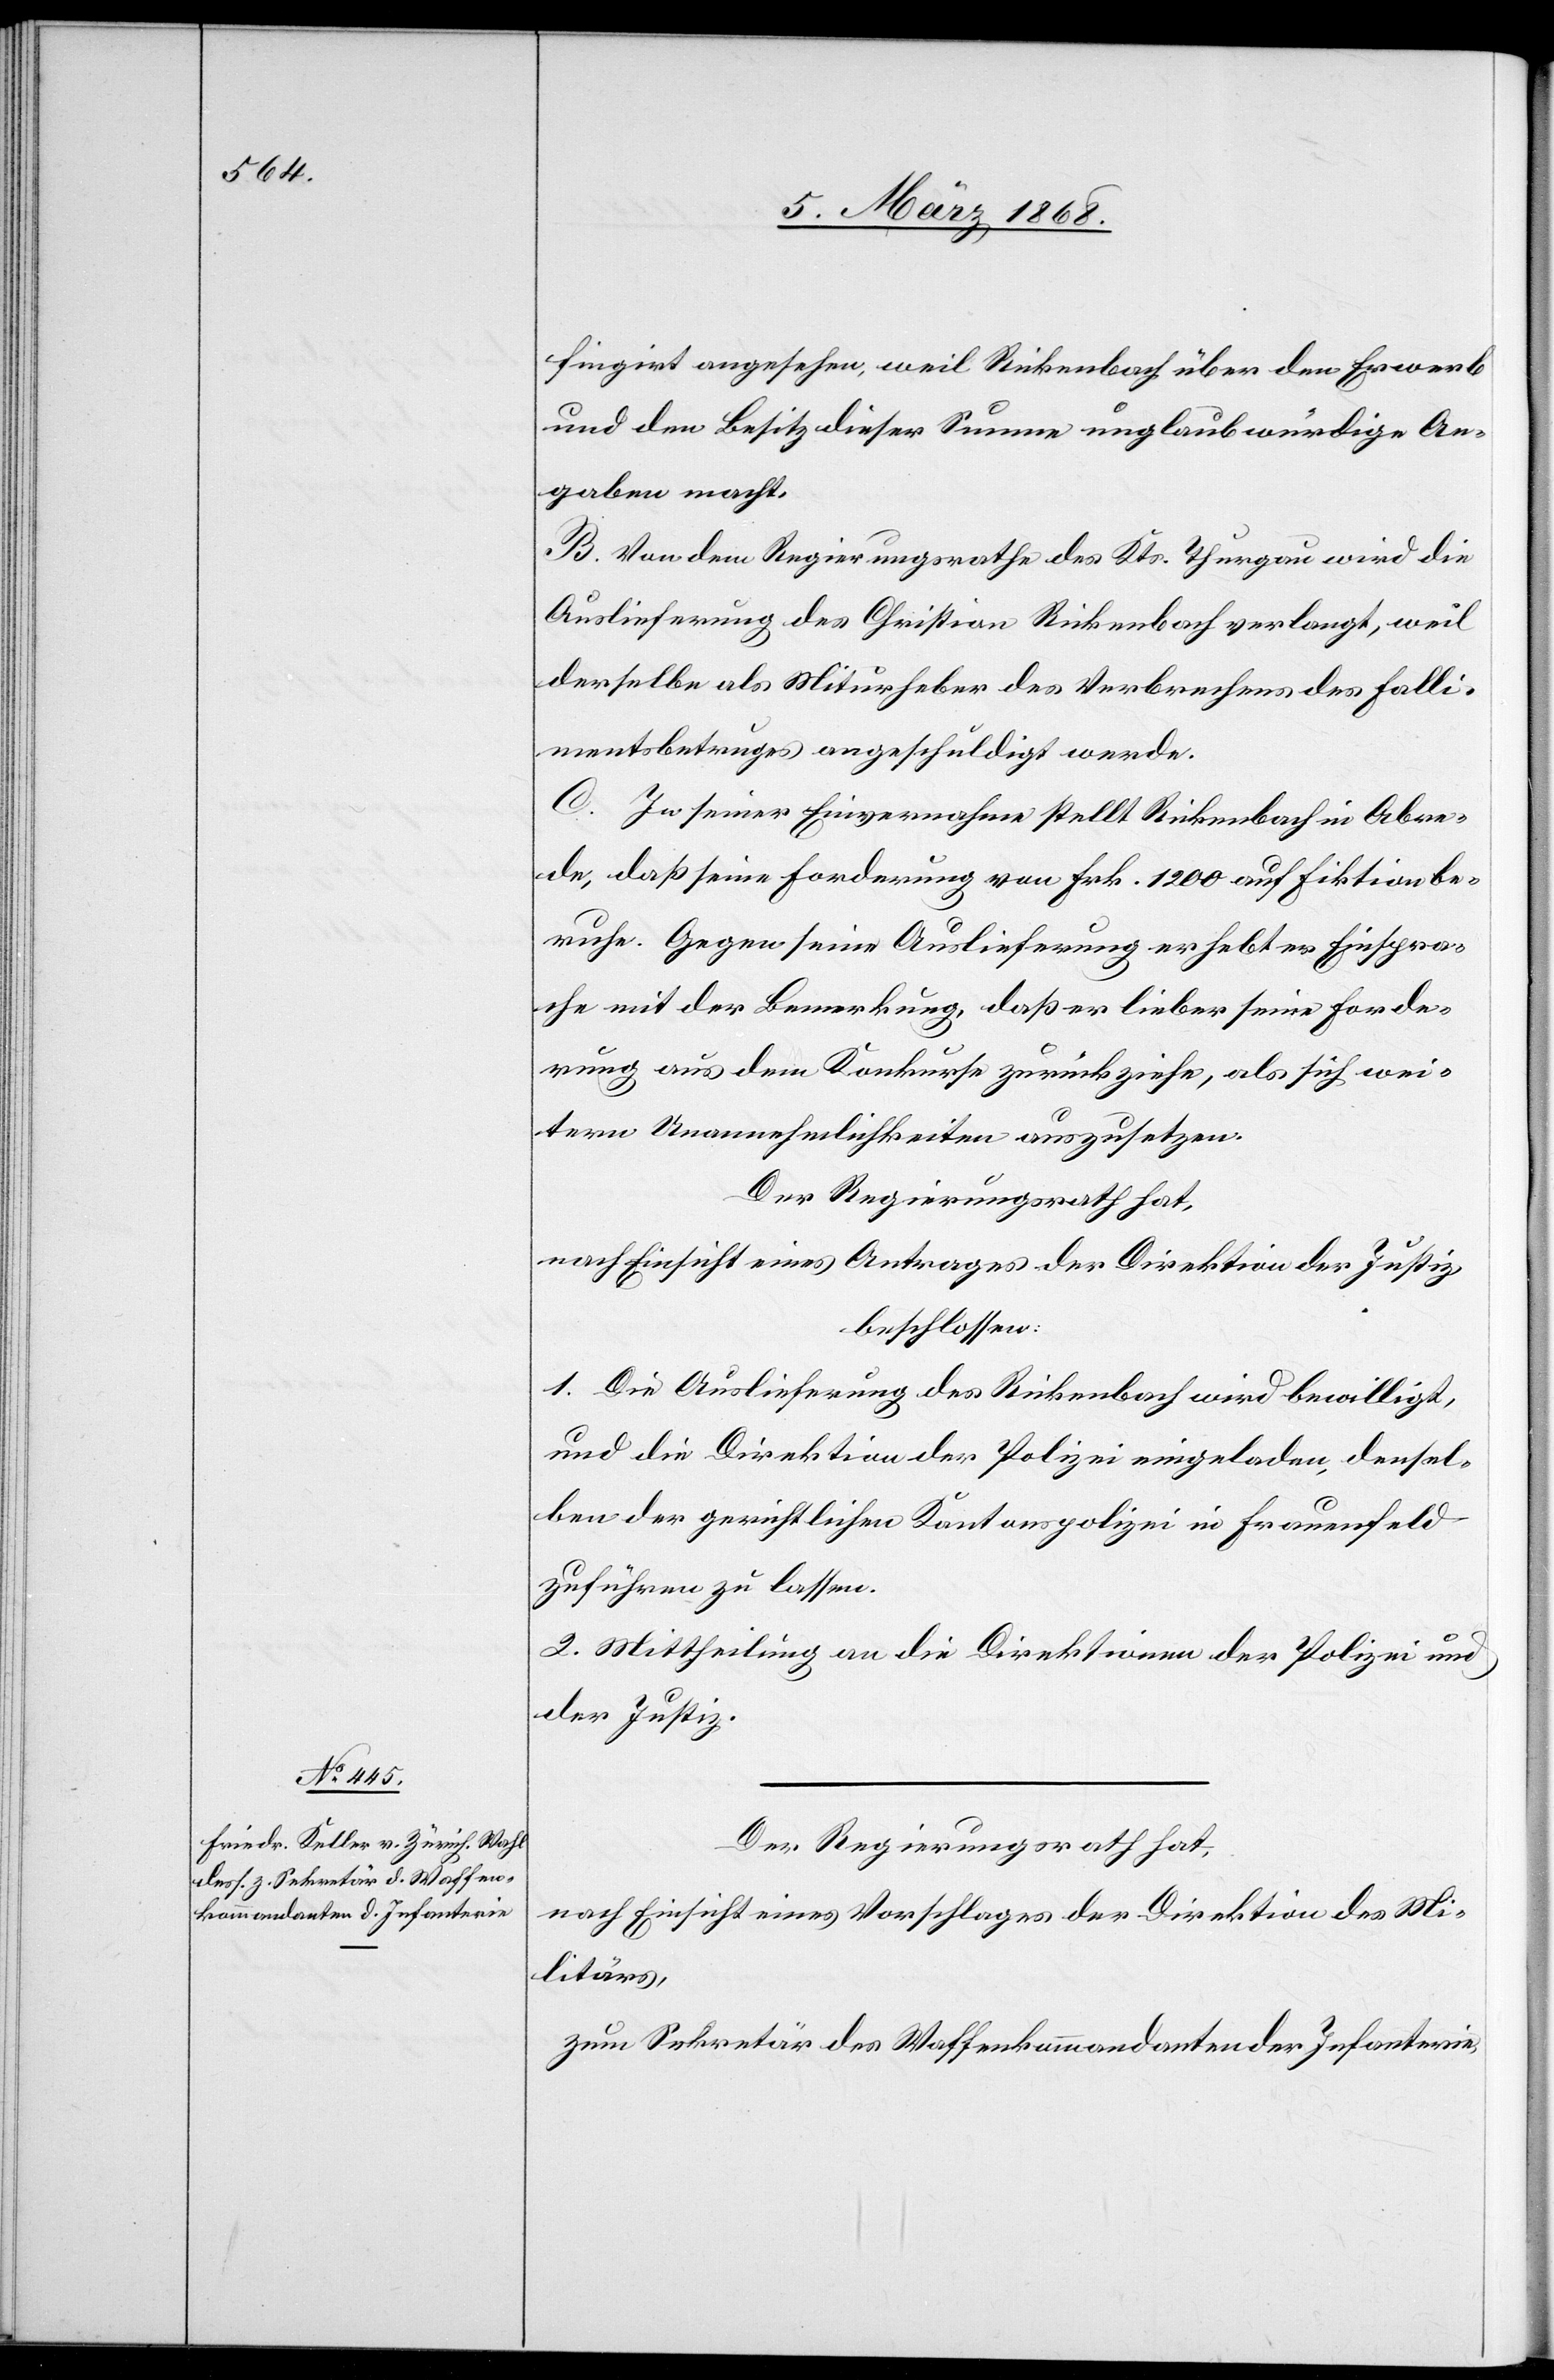
fingirt angesehen, weil Rickenbach über den Erwerb
und den Besitz dieser Summe unglaubwürdige An¬
gaben macht.
B. Von dem Regierungsrathe des Kts. Thurgau wird die
Auslieferung des Christian Rickenbach verlangt, weil
derselbe als Miturheber des Verbrechens des Falli¬
mentsbetruges angeschuldigt werde.
C. In seiner Einvernahme stellt Rickenbach in Abre¬
de, daß seine Forderung von Frk. 1200 auf Fiktion be¬
ruhe. Gegen seine Auslieferung erhebt er Einspra¬
che mit der Bemerkung, daß er lieber seine Forde¬
rung aus dem Konkurse zurückziehe, als sich wei¬
tern Unannehmlichkeiten auszusetzen.
Der Regierungsrath hat,
nach Einsicht eines Antrages der Direktion der Justiz,
beschlossen:
1. Die Auslieferung des Rickenbach wird bewilligt,
und die Direktion der Polizei eingeladen, densel¬
ben der gerichtlichen Kantonspolizei in Frauenfeld
zuführen zu lassen.
2. Mittheilung an die Direktionen der Polizei und
der Justiz.
Der Regierungsrath hat,
nach Einsicht eines Vorschlages der Direktion des Mi¬
litärs,
zum Sekretär des Waffenkommandanten der Infanterie,